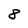
Character: 8